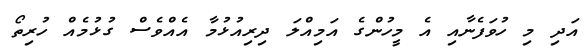
އަދި މި ހުވަފެނާއި އެ މީހުންގެ އަމިއްލަ ދިރިއުޅުމާ އެއްވެސް ގުޅުމެއް ހުރިތޯ